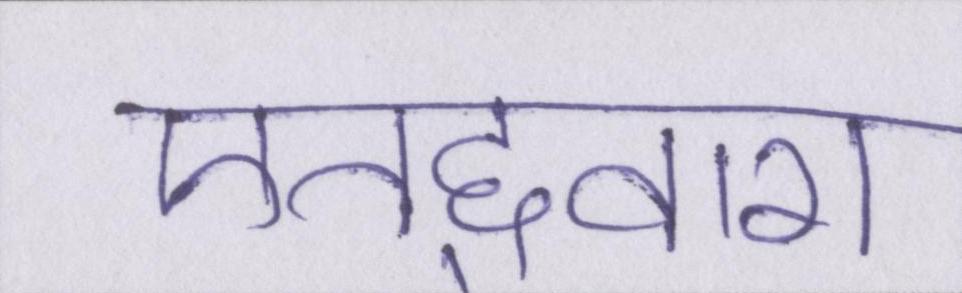
एतद्द्वारा